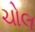
ચોલ